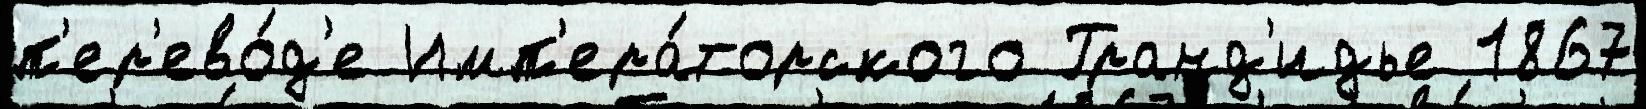
п'ер'ево́д'е Имп'ера́торского Гранд'идье 1867